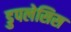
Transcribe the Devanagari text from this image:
डुपलेसिस